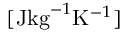
[ \mathrm { J } \mathrm { k g } ^ { - 1 } \mathrm { K } ^ { - 1 } ]